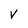
Character: v